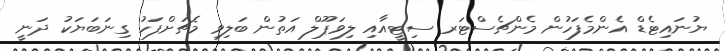
ޔުނައިޓެޑް އެންމެފަހުން މެންޗެސްޓަރ ސިޓީއާއި ލިވަޕޫލް އަތުން ބަލިވި މެޗަށްފަހު ގިނަބަޔަކު ދަނީ